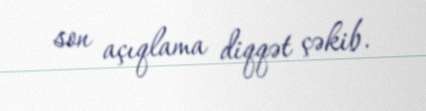
son açıqlama diqqət çəkib.